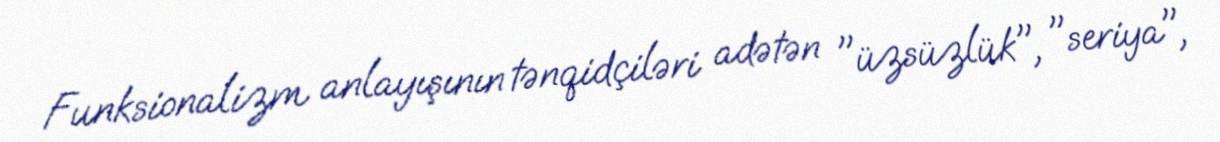
Funksionalizm anlayışının tənqidçiləri adətən "üzsüzlük", "seriya",